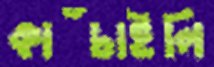
কাঁচাইলি